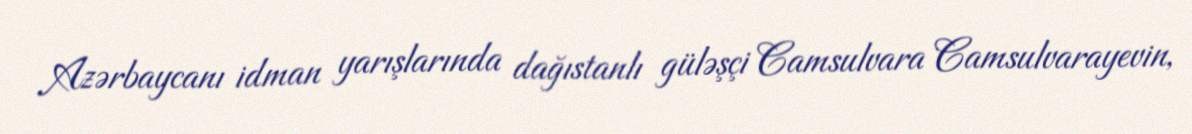
Azərbaycanı idman yarışlarında dağıstanlı güləşçi Camsulvara Camsulvarayevin,